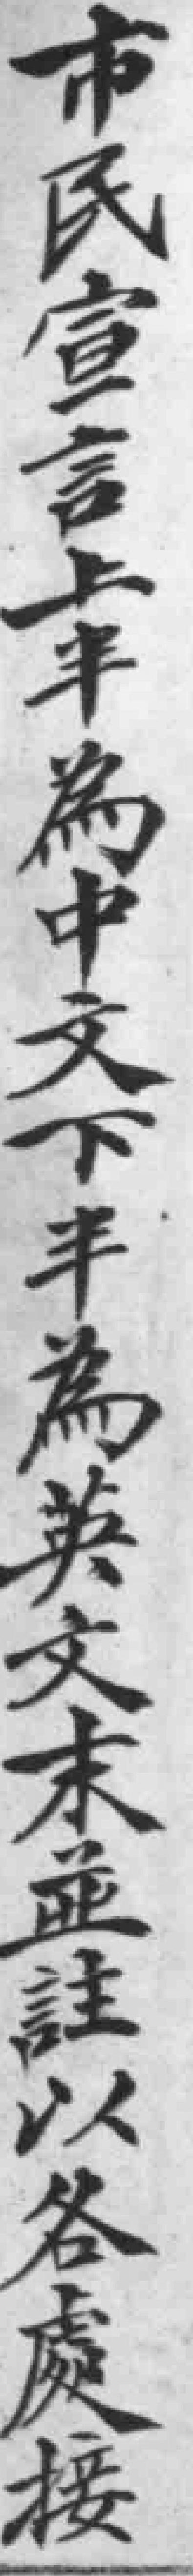
市民宣言上半為中文下半為英文末並註以各處接